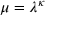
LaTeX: \mu = \lambda ^ { \kappa }